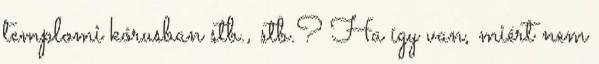
templomi kórusban stb., stb.? Ha így van, miért nem